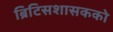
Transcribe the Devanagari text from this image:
ब्रिटिसशासकको